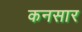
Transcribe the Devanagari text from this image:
कनसार